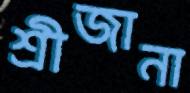
শ্রীজানা